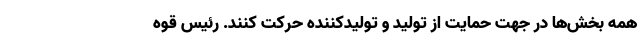
همه بخش‌ها در جهت حمایت از تولید و تولیدکننده حرکت کنند. رئیس قوه